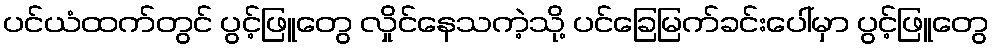
ပင်ယံထက်တွင် ပွင့်ဖြူတွေ လှိုင်နေသကဲ့သို့ ပင်ခြေမြက်ခင်းပေါ်မှာ ပွင့်ဖြူတွေ